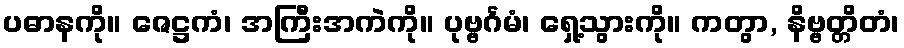
ပဓာနကို။ ဇေဋ္ဌကံ၊ အကြီးအကဲကို။ ပုဗ္ဗင်္ဂမံ၊ ရှေ့သွားကို။ ကတွာ, နိဗ္ဗတ္တိတံ၊